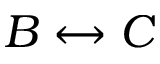
B \leftrightarrow C